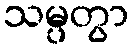
သမ္ပတွာ